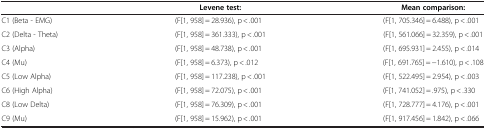
<table><thead><tr><td><b> </b></td><td><b>Levene test:</b></td><td><b>Mean comparison:</b></td></tr></thead><tbody><tr><td>C1 (Beta - EMG)</td><td>(F[1, 958] = 28.936), p &lt; .001</td><td>(F[1, 705.346] = 6.488), p &lt; .001</td></tr><tr><td>C2 (Delta - Theta)</td><td>(F[1, 958] = 361.333), p &lt; .001</td><td>(F[1, 561.066] = 32.359), p &lt; .001</td></tr><tr><td>C3 (Alpha)</td><td>(F[1, 958] = 48.738), p &lt; .001</td><td>(F[1, 695.931] = 2.455), p &lt; .014</td></tr><tr><td>C4 (Mu)</td><td>(F[1, 958] = 6.373), p &lt; .012</td><td>(F[1, 691.765] = −1.610), p &lt; .108</td></tr><tr><td>C5 (Low Alpha)</td><td>(F[1, 958] = 117.238), p &lt; .001</td><td>(F[1, 522.495] = 2.954), p &lt; .003</td></tr><tr><td>C6 (High Alpha)</td><td>(F[1, 958] = 72.075), p &lt; .001</td><td>(F[1, 741.052] = .975), p &lt; .330</td></tr><tr><td>C8 (Low Delta)</td><td>(F[1, 958] = 76.309), p &lt; .001</td><td>(F[1, 728.777] = 4.176), p &lt; .001</td></tr><tr><td>C9 (Mu)</td><td>(F[1, 958] = 15.962), p &lt; .001</td><td>(F[1, 917.456] = 1.842), p &lt; .066</td></tr></tbody></table>